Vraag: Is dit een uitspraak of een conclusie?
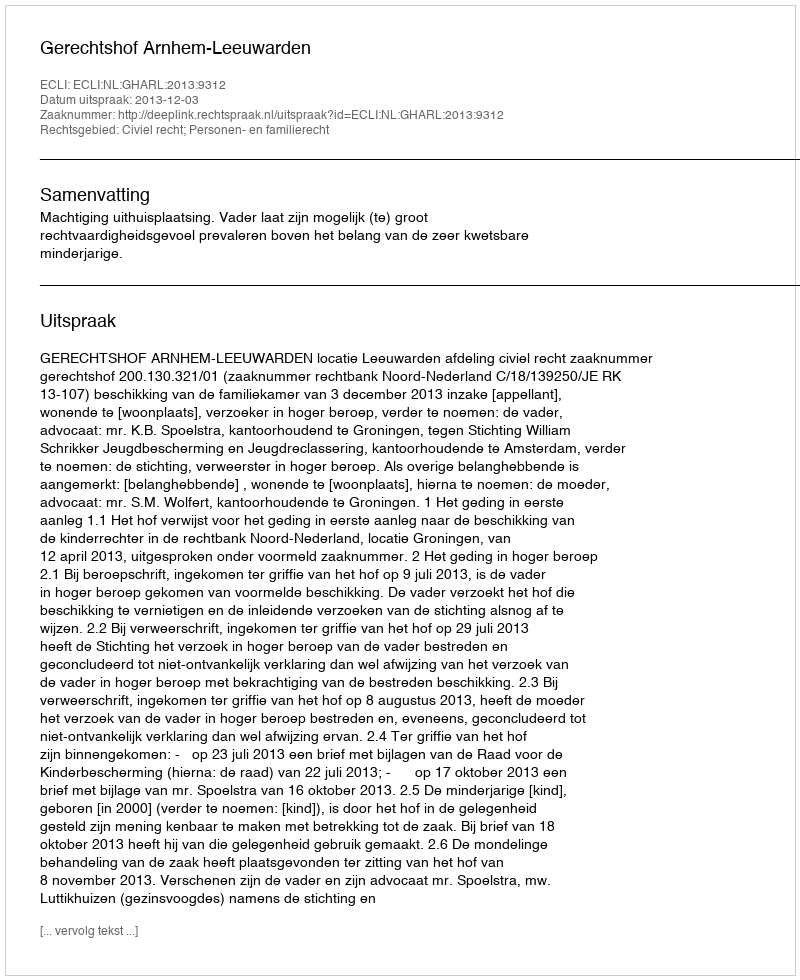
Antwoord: Uitspraak